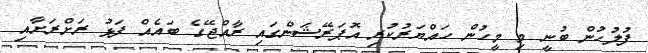
ފުލުހުން ބުނީ މި މީހުން ހައްޔަރުކުރި އޮޕަރޭޝަންގައި ރާއްޖޭގެ ބައެއް ފަޅު ރަށްރަށާއި